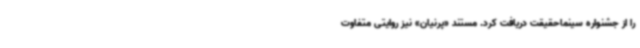
را از جشنواره سینماحقیقت دریافت کرد. مستند «پرنیان» نیز روایتی متفاوت